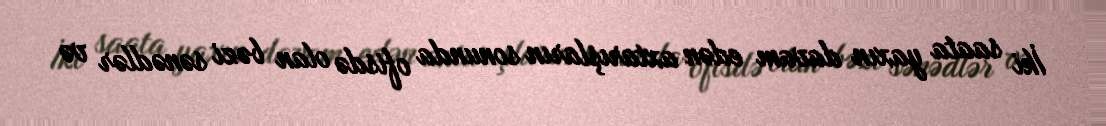
İki saata yaxın davam edən axtarışların sonunda ofisdə olan bəzi sənədlər və